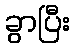
ခွာပြီး